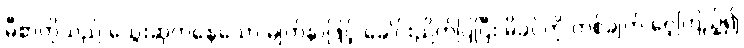
မီစာတိုသည် သွေးဆုတ်နေသော မျက်နှာဖြင့် ခေါင်းညိတ်ပြပြီး မိခင်ကို တစ်ချက် ဝေ့ကြည့်၍